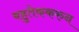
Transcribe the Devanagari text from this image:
बहुतेककरुन